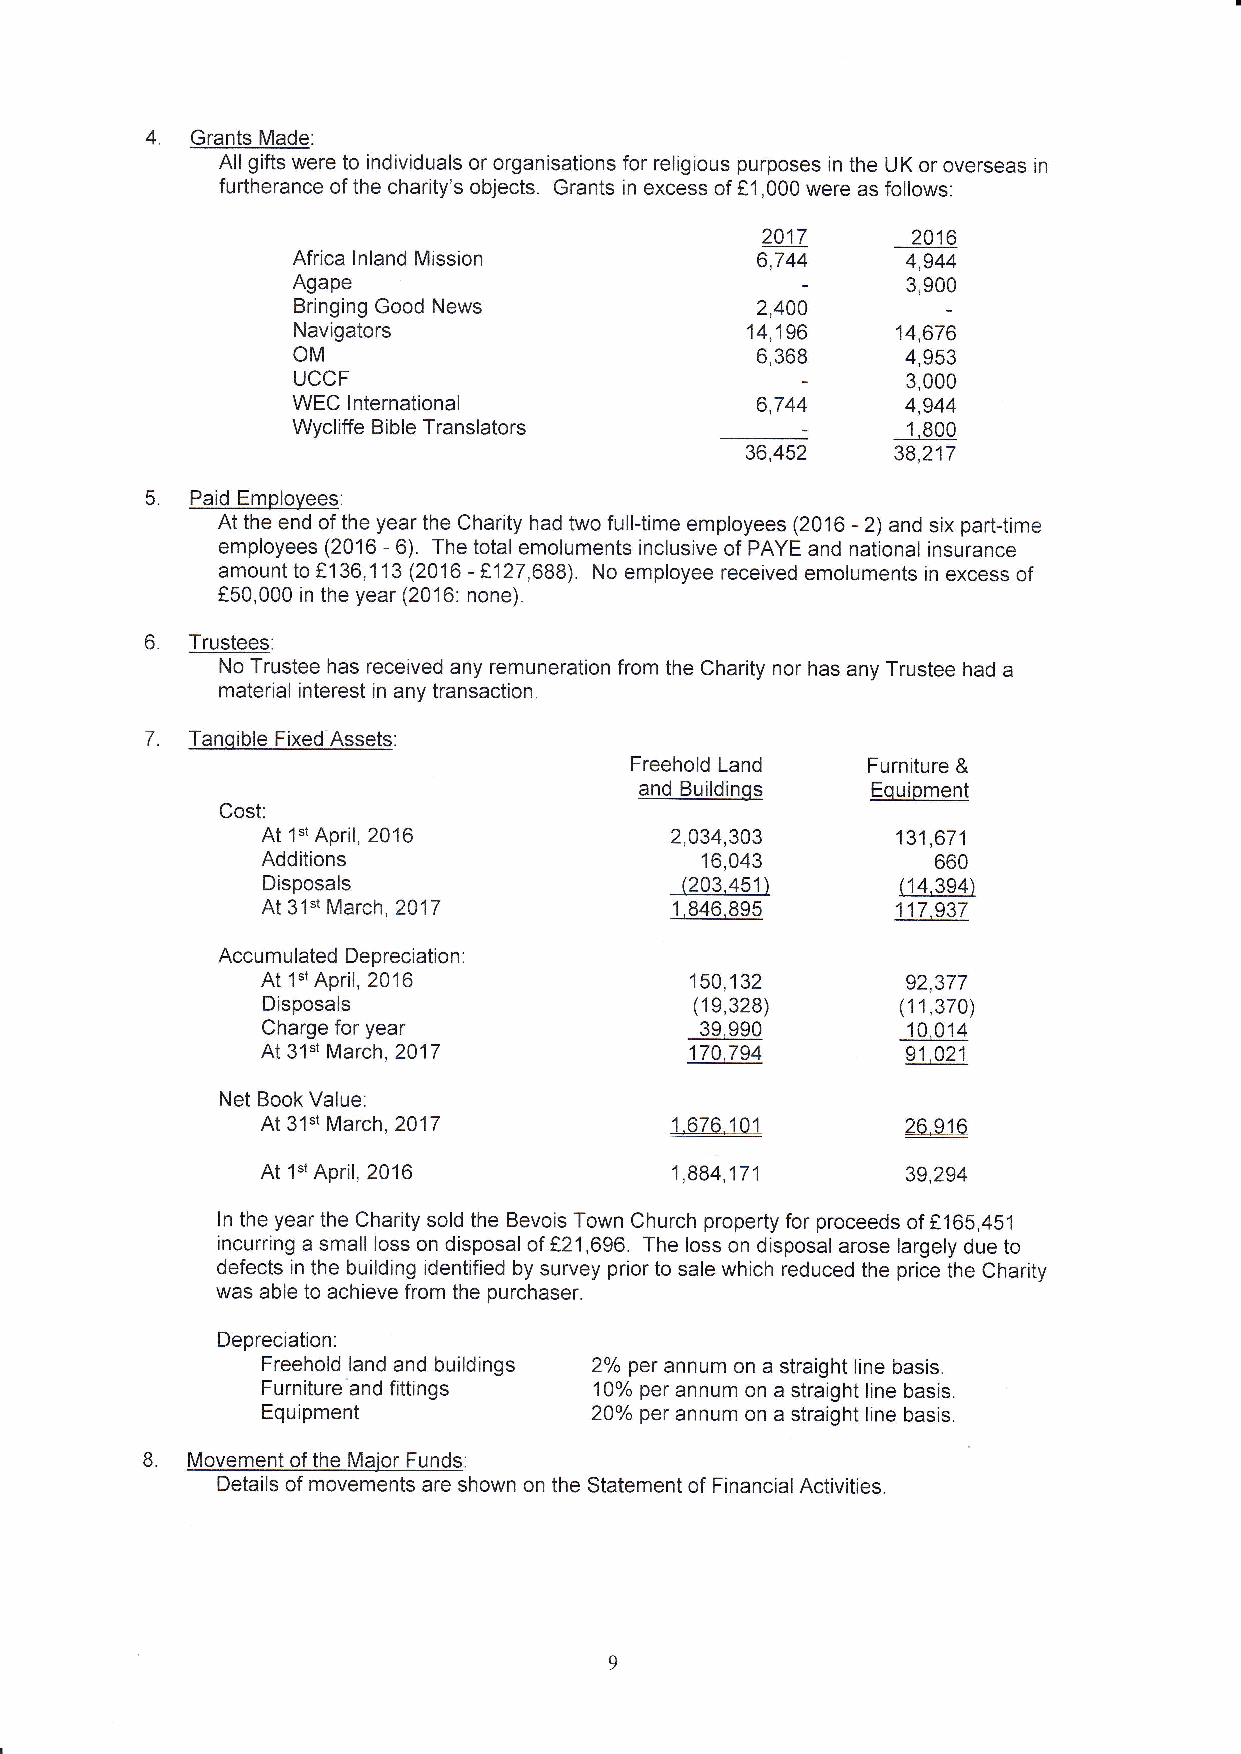
Grants Made:
 All gifts were to individuals or organisations for religious purposes in the UK or overseas in
 furtherance of the charity's objects. Grants in excess of f 1,000 were as follows:
 2017      2016
 Africa Inland Mission          6,744     4,944
 Agape                                    3,900
 Bringing Good News             2,40A
 Navigators                    14,196    14,676
 OM                             6,368     4,953
 UCCF                                     3,000
 WEC lnternational              6,744     4,944
 Wycliffe Bible Translators               1,800
 36,452    38,217
 Paid Emplovees:
 At the end of the year the Charity had two full{ime employees (2016 - 2) and six parttime
 employees (2016 - 6). The totalemoluments inclusive of PAYE and national insurance
 amount to f 136,1 13 (2016 - f127 ,688). No employee received emoluments in excess of
 f50,000 in the year (2016'. none).
 Trustees:
 No Trustee has received any remuneration from the Charity nor has any Trustee had a
 material interest in any transaction.
 7. Tanqible Fixed Assets:
 Freehold Land  Furniture &
 and Buildings   Equipment
 Cost.
 At 1slApril, 2016          2,034,303      131,671
 Additions                    16,043          660
 Disposals                   (203.451\      (14,394)
 At 31st March,2017          1,846,895     117.937
 Accumulated Depreciation.
 At lstApril, 2016            150,132       92,377
 Disposals                    (19,328)      (11,370)
 Charge for year              39,990        10,014
 At 31"1 March,2017           170,794       91,021
 Net Book Value:
 At 31st March,2017         1 Z6J!1         26 e16
 At lstApril, 2016          1,884,171       39,294
 ln the year the Charity sold the Bevois Town Church prope(y for proceeds of f 165,45'1
 incurring a small loss on disposal of f21,696. The loss on disposal arose largely due to
 defects in the building identified by survey prior to sale which reduced the price the Charity
 was able to achieve from the purchaser.
 Depreciation:
 Freehold land and buildings 2% per annum on a straight line basis.
 Furniture'and fittings 10o/o per annum on a straight line basis.
 Equipment             20% per annum on a straight line basis.
 Movement of the Maior Funds:
 Details of movements are shown on the Statement of FinancialActivities.